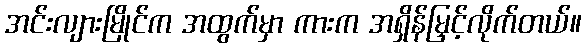
အင်းလျားမြိုင်က အထွက်မှာ ကားက အရှိန်မြှင့်လိုက်တယ်။